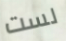
لست